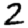
Digit: 2